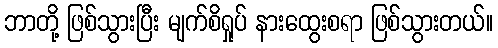
ဘာတို့ ဖြစ်သွားပြီး မျက်စိရှုပ် နားထွေးစရာ ဖြစ်သွားတယ်။